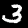
Label: 3